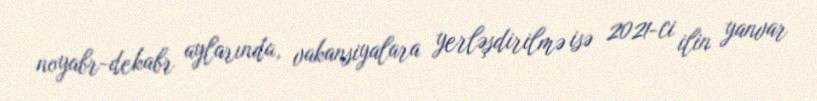
noyabr-dekabr aylarında, vakansiyalara yerləşdirilmə isə 2021-ci ilin yanvar